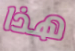
هذا